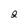
Character: 2